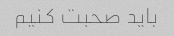
باید صحبت کنیم